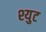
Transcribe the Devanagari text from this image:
श्युट